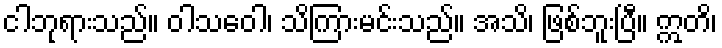
ငါဘုရားသည်။ ဝါသဝေါ၊ သိကြားမင်းသည်။ အသိ၊ ဖြစ်ဘူးပြီ။ ဣတိ၊